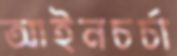
আইনচর্চা